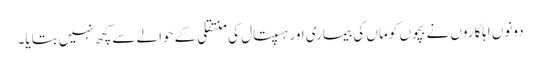
دونوں اہلکاروں نے بچوں کو ماں کی بیماری اور ہسپتال کی منتقلی کے حوالے سے کچھ نہیں بتایا۔